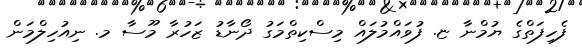
ފެހިފަތްގެ ޔުމްނާ ޏ. ފުވައްމުލައް މިސްކިތްމަގު ދޯނާޑު ޒަހުރާ މޫސާ މ. ނިއުހިލްމަން